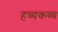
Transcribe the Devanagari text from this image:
हव्यकव्य